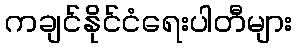
ကချင်နိုင်ငံရေးပါတီများ